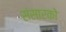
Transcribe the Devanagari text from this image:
संसारको